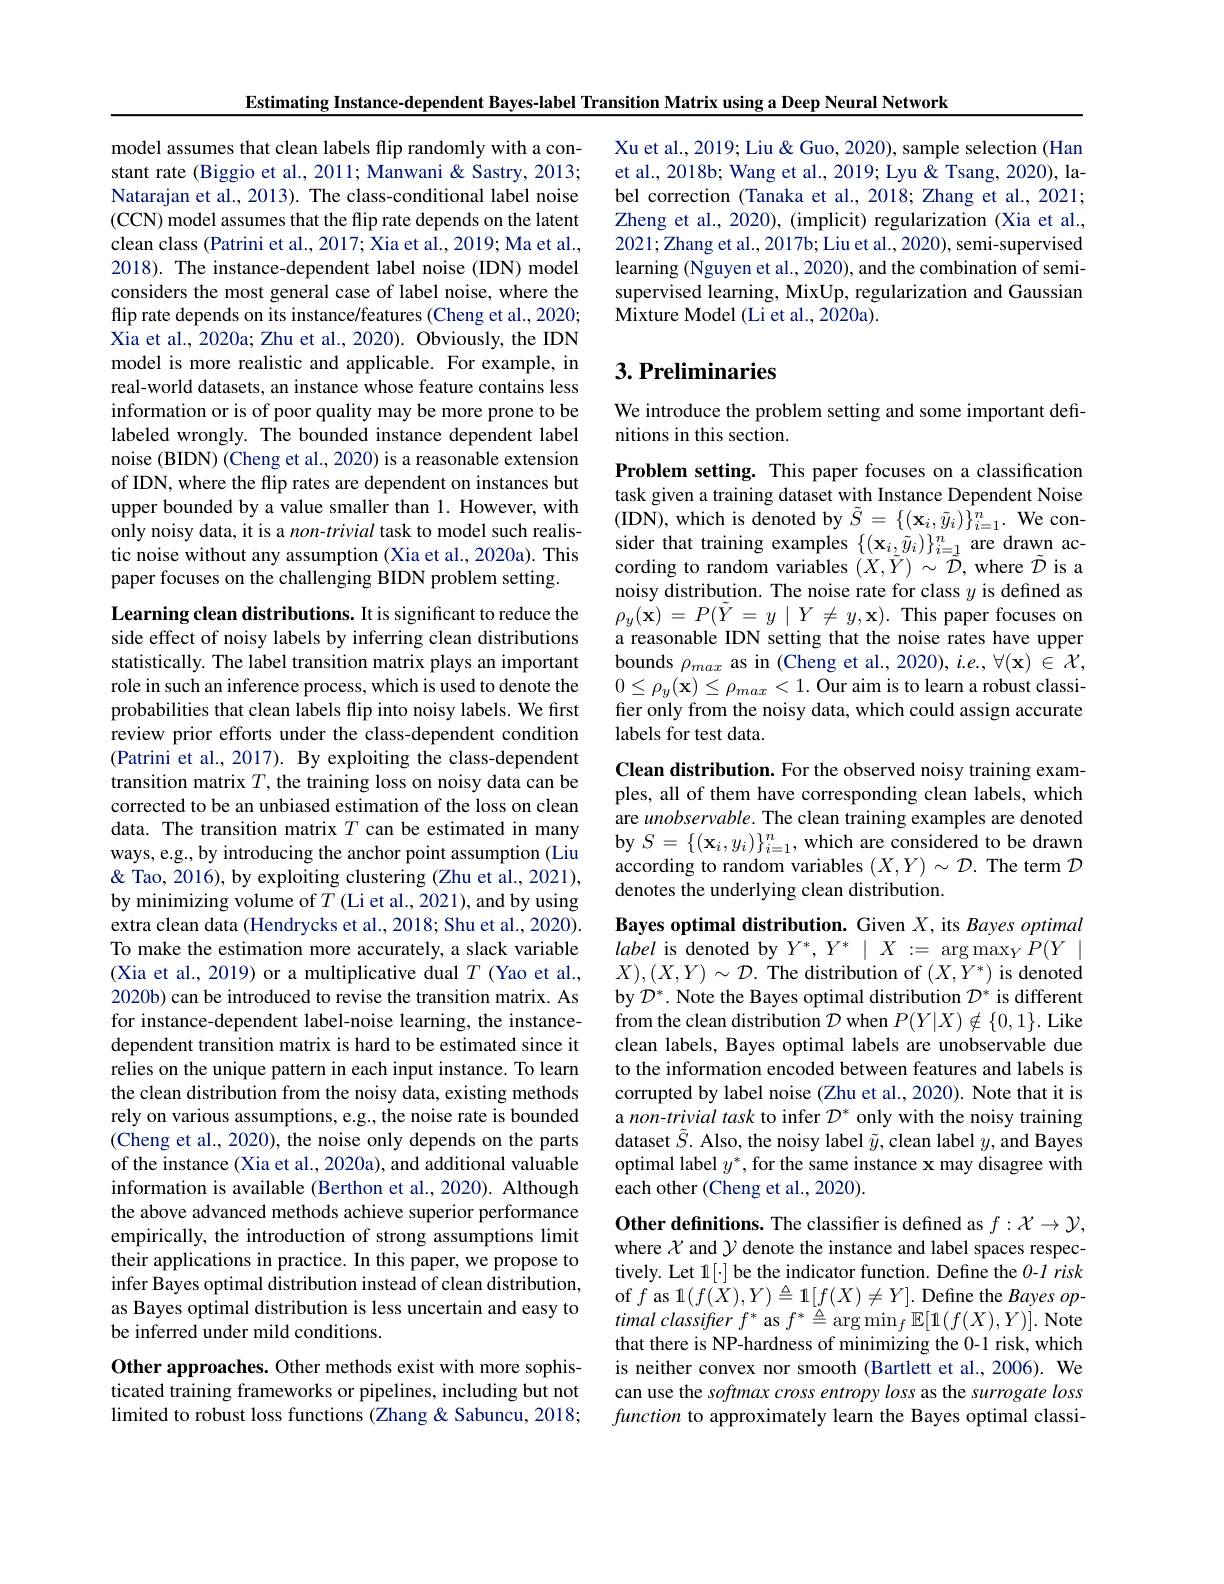
Estimating Instance-dependent Bayes-label Transition Matrix using a Deep Neural Network

model assumes that clean labels flip randomly with a constant rate (Biggio et al., 2011; Manwani & Sastry, 2013; Natarajan et al., 2013). The class-conditional label noise (CCN) model assumes that the flip rate depends on the latent clean class (Patrini et al., 2017; Xia et al., 2019; Ma et al., 2018). The instance-dependent label noise (IDN) model considers the most general case of label noise, where the flip rate depends on its instance/features (Cheng et al., 2020; Xia et al., 2020a; Zhu et al., 2020). Obviously, the IDN model is more realistic and applicable. For example, in real-world datasets, an instance whose feature contains less information or is of poor quality may be more prone to be labeled wrongly. The bounded instance dependent label noise (BIDN) (Cheng et al., 2020) is a reasonable extension of IDN, where the flip rates are dependent on instances but upper bounded by a value smaller than 1. However, with only noisy data, it is a non-trivial task to model such realistic noise without any assumption (Xia et al., 2020a). This paper focuses on the challenging BIDN problem setting.

Learning clean distributions. It is significant to reduce the side effect of noisy labels by inferring clean distributions statistically. The label transition matrix plays an important role in such an inference process, which is used to denote the probabilities that clean labels flip into noisy labels. We first review prior efforts under the class-dependent condition $(\hat{\text{Patrini et al., 2017). By exploiting the class-dependent}}$ transition matrix $T$, the training loss on noisy data can be corrected to be an unbiased estimation of the loss on clean data. The transition matrix $T$ can be estimated in many ways, e.g., by introducing the anchor point assumption (Liu & Tao, 2016), by exploiting clustering (Zhu et al., 2021), by minimizing volume of $T$ (Li et al., 2021), and by using extra clean data (Hendrycks et al., 2018; Shu et al., 2020). To make the estimation more accurately, a slack variable (Xia et al., 2019) or a multiplicative dual $T$ (Yao et al., 2020b) can be introduced to revise the transition matrix. As for instance-dependent label-noise learning, the instancedependent transition matrix is hard to be estimated since it relies on the unique pattern in each input instance. To learn the clean distribution from the noisy data, existing methods rely on various assumptions, e.g., the noise rate is bounded (Cheng et al., 2020), the noise only depends on the parts of the instance (Xia et al., 2020a), and additional valuable information is available (Berthon et al.,2020). Although the above advanced methods achieve superior performance empirically, the introduction of strong assumptions limit their applications in practice. In this paper, we propose to infer Bayes optimal distribution instead of clean distribution, as Bayes optimal distribution is less uncertain and easy to be inferred under mild conditions.
Other approaches. Other methods exist with more sophis-

ticated training frameworks or pipelines, including but not limited to robust loss functions (Zhang & Sabuncu, 2018;

Xu et al., 2019; Liu & Guo, 2020), sample selection (Han et al., 2018b; Wang et al., 2019; Lyu & Tsang, 2020), label correction (Tanaka et al., 2018; Zhang et al., 2021; Zheng et al., 2020), (implicit) regularization (Xia et al., 2021; Zhang et al., 2017b; Liu et al., 2020), semi-supervised learning (Nguyen et al., 2020), and the combination of semisupervised learning, MixUp, regularization and Gaussian Mixture Model (Li et al., 2020a).

## $3. \textbf{Preliminaries}$

We introduce the problem setting and some important defi-
nitions in this section.

Problem setting. This paper focuses on a classification task given a training dataset with Instance Dependent Noise (IDN),which is denoted by $\tilde{S}=\{(\mathbf{x}_{i},\tilde{y}_{i})\}_{i=1}^{n}.$We consider that training examples $\{(\mathbf{x}_{i},\tilde{y}_{i})\}_{i=1}^{n}$ are drawn according to random variables $(X,\tilde{Y})~\sim\tilde{\mathcal{D}}$, where $\tilde{\mathcal{D}}$ is a noisy distribution. The noise rate for class $y$ is defined as $\rho _{y}( \dot{\mathbf{x} } )$ = $P( \tilde{Y}$ = $y$ | $Y$ $\neq$ $y, \mathbf{x} ) .$ This paper focuses on a reasonable IDN setting that the noise rates have upper bounds $\rho_{max}$ as in (Cheng et al., 2020), $i.e.,\forall(\mathbf{x})\in\mathcal{X}$, $0\leq\rho_{y}(\mathbf{x})\leq\rho_{max}<1.$Our aim is to learn a robust classifer only from the noisy data, which could assign accurate labels for test data.

Clean distribution. For the observed noisy training examples, all of them have corresponding clean labels, which are unobservable. The clean training examples are denoted by $S=\{(\mathbf{x}_i,y_i)\}_{i=1}^n$, which are considered to be drawn according to random variables $(X,Y)\sim\mathcal{D}.$ The term $\mathcal{D}$ denotes the underlying clean distribution.

Bayes optimal distribution. Given $X$, its Bayes optimal label is denoted by $Y^*,Y^*\mid X:=\operatorname{arg}\operatorname*{max}_YP(Y\mid$ $X),(X,Y)\sim\mathcal{D}.$ The distribution of $(X,Y^*)$ is denoted by $\mathcal{D}^*.$ Note the Bayes optimal distribution $\mathcal{D}^*$ is different from the clean distribution $\mathcal{D}$ when $P(Y|X)\notin\{0,1\}.$ Like clean labels, Bayes optimal labels are unobservable due to the information encoded between features and labels is corrupted by label noise (Zhu et al.,2020). Note that it is a non-trivial task to infer $\mathcal{D}^*$ only with the noisy training dataset $\tilde{S}.$ Also, the noisy label $\tilde{y}$,clean label $y$, and Bayes optimal label $y^*$, for the same instance x may disagree with each other (Cheng et al., 2020).

Other definitions. The classifier is defined as $f:\mathcal{X}\to\mathcal{Y}$, where $\mathcal{X}$ and $\mathcal{Y}$ denote the instance and label spaces respectively. Let 1[·] be the indicator function. Define the 0-1 risk of $f$ as 1$(f(X),Y)\triangleq\mathbf{1}[f(X)\neq Y].$ Define the Bayes optimal classifter $f^{* }$ as $f^{* }\triangleq \arg \min _{f}\mathbb{E} [ 1( f( X) , Y) ] .$ Note that there is NP-hardness of minimizing the 0-1 risk, which is neither convex nor smooth (Bartlett et al., 2006). We can use the softmax cross entropy loss as the surrogate loss function to approximately learn the Bayes optimal classi-